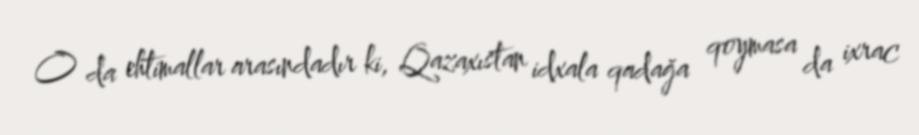
O da ehtimallar arasındadır ki, Qazaxıstan idxala qadağa qoymasa da ixrac